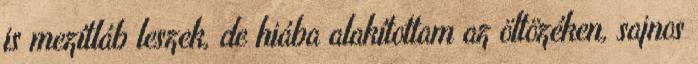
is mezítláb leszek, de hiába alakítottam az öltözéken, sajnos